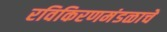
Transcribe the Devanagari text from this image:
रविकिरणमंडळाचे